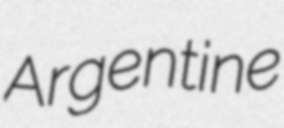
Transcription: Argentine